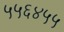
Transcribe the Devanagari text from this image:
५५६४५५